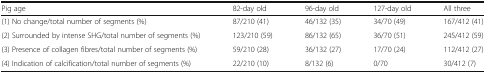
<table><thead><tr><td><b>Pig age</b></td><td><b>82-day old</b></td><td><b>96-day old</b></td><td><b>127-day old</b></td><td><b>All three</b></td></tr></thead><tbody><tr><td>(1) No change/total number of segments (%)</td><td>87/210 (41)</td><td>46/132 (35)</td><td>34/70 (49)</td><td>167/412 (41)</td></tr><tr><td>(2) Surrounded by intense SHG/total number of segments (%)</td><td>123/210 (59)</td><td>86/132 (65)</td><td>36/70 (51)</td><td>245/412 (59)</td></tr><tr><td>(3) Presence of collagen fibres/total number of segments (%)</td><td>59/210 (28)</td><td>36/132 (27)</td><td>17/70 (24)</td><td>112/412 (27)</td></tr><tr><td>(4) Indication of calcification/total number of segments (%)</td><td>22/210 (10)</td><td>8/132 (6)</td><td>0/70</td><td>30/412 (7)</td></tr></tbody></table>